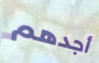
أجدهم